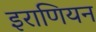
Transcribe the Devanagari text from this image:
इराणियन